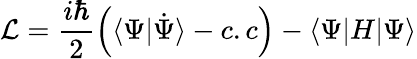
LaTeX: \mathcal{L}=\frac{i\hbar}{2}\left(\langle\Psi|\dot{\Psi}\rangle-c.c\right)-\langle\Psi|H|\Psi\rangle